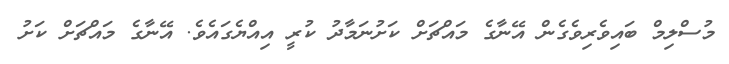
މުސްލިމް ބައިވެރިވެގެން އޭނާގެ މައްޗަށް ކަށުނަމާދު ކުރީ އިއްޔެގައެވެ. އޭނާގެ މައްޗަށް ކަށު